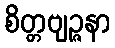
စိတ္တဗျဉ္ဇနာ